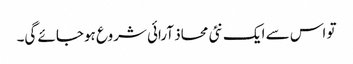
تو اس سے ایک نئی محاذ آرائی شروع ہوجائے گی۔